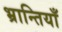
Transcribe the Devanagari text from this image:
भ्रान्तियाँ